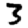
Digit: 3